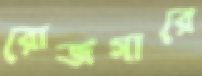
রোজগারে